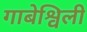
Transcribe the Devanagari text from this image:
गाबेश्विली